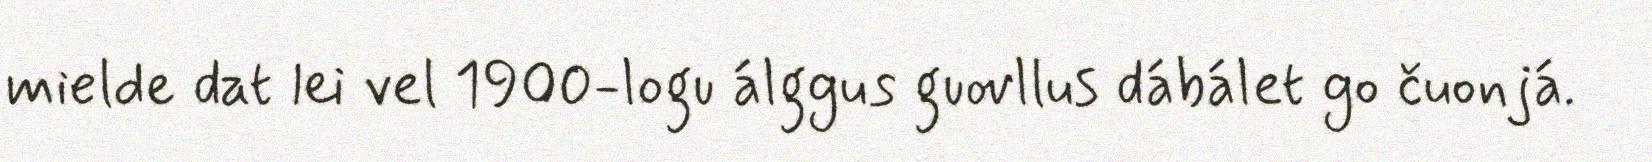
mielde dat lei vel 1900-logu álggus guovllus dábálet go čuonjá.